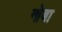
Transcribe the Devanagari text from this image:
नोबा